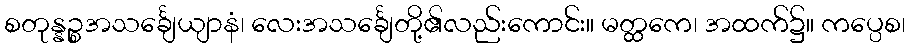
စတုန္နဉ္စအသင်္ချေယျာနံ၊ လေးအသင်္ချေတို့၏လည်းကောင်း။ မတ္ထကေ၊ အထက်၌။ ကပ္ပေစ၊